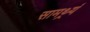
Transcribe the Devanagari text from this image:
सामथ्र्यं